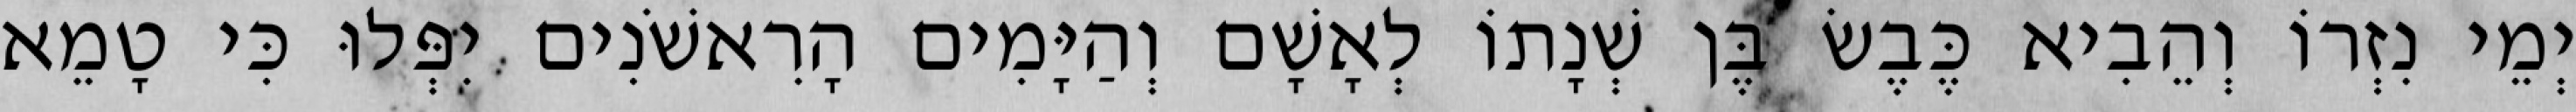
יְמֵי נִזְרוֹ וְהֵבִיא כֶּבֶשׂ בֶּן שְׁנָתוֹ לְאָשָׁם וְהַיָּמִים הָרִאשֹׁנִים יִפְּלוּ כִּי טָמֵא